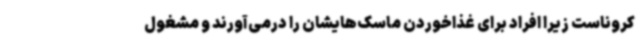
کروناست زیرا افراد برای غذاخوردن ماسک‌هایشان را درمی‌آورند و مشغول